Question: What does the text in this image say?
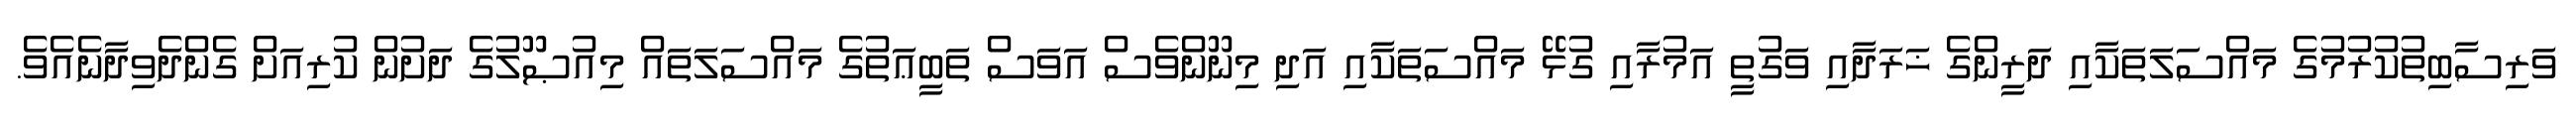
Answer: ވަރިސާބިތުކުރުމުގެ މައްސަލަތަކާއި ދަރީންގެ ޚަރަދާއި ވަގުތީ އަމުރާއި ގުޅޭ މައްސަތަކާއި އަދި މިނޫންވެސް އަވަސް ތަބީޢަތުގެ މައްސަލަތައް މިއުޞޫލުގެ ދަށުން ކުރިއަށް ގެންދެވިދާނެއެވެ.